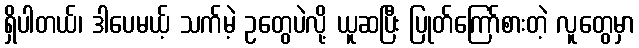
ရှိပါတယ်၊ ဒါပေမယ့် သက်မဲ့ ဥတွေပဲလို့ ယူဆပြီး ပြုတ်ကြော်စားတဲ့ လူတွေမှာ